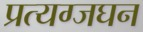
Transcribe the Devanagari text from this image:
प्रत्यग्जघन